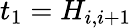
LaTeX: t_{1}=H_{i,i+1}